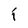
Character: I